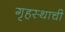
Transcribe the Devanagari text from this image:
गृहस्थाची